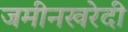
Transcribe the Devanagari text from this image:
जमीनखरेदी